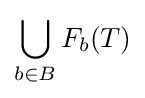
\bigcup _{b\in B}F_{b}(T)